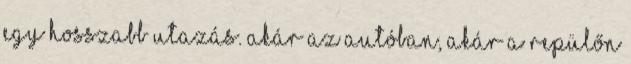
egy hosszabb utazás. Akár az autóban, akár a repülőn